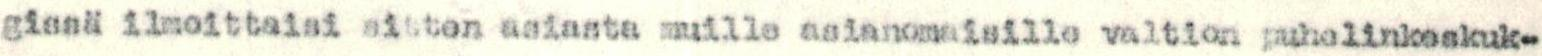
gissä ilmoittaisi sitten asiasta muille asianomaisille valtion puhelinkeskuk-